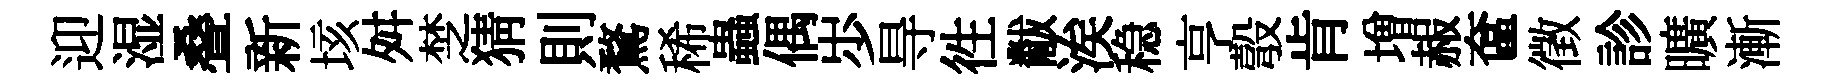
迎湿叠新垓舛椘猜則鶩稀蟲偶𡵯㝵徃黻涘稳亨彀肯増赧奩徵診曠漸